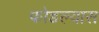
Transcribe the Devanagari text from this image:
फोडल्यास